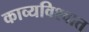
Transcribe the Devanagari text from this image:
काव्यविश्वात